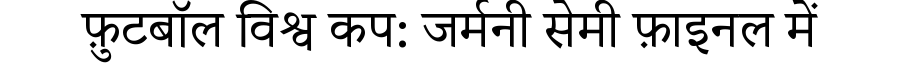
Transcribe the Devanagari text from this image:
फ़ुटबॉल विश्व कप: जर्मनी सेमी फ़ाइनल में